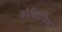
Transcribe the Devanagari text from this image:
कोविदमिश्र